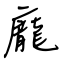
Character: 龐